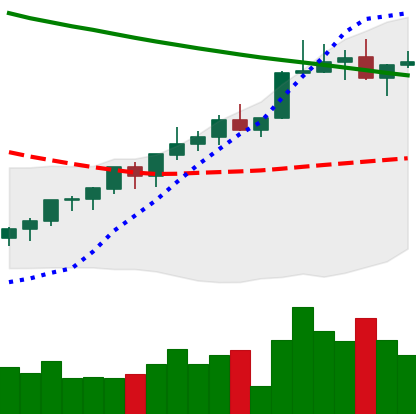
Ticker: XLM-USD
Chart end date: 2022-04-02
Forward return: -8.733%
Label: down_7plus